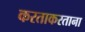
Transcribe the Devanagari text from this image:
करताकरताना